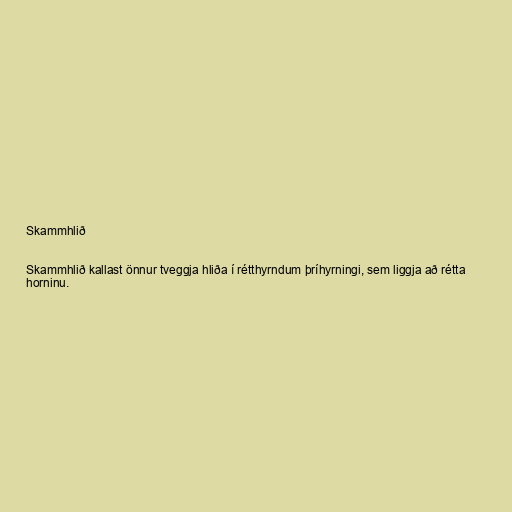
Skammhlið

Skammhlið kallast önnur tveggja hliða í rétthyrndum þríhyrningi, sem liggja að rétta
horninu.